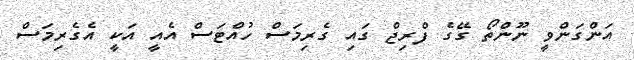
އަންގަންވީ ނޫންތޯ ގޭގެ ފްރިޖް ގައި ގެރިމަސް ހުއްޓަސް އެއީ އަކީ އެގެރިމަސް